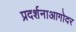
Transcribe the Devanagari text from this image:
प्रदर्शनाआगोदर